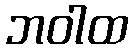
ဘဝါထ